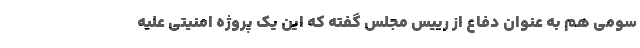
سومی هم به عنوان دفاع از رییس مجلس گفته که این یک پروژه امنیتی علیه